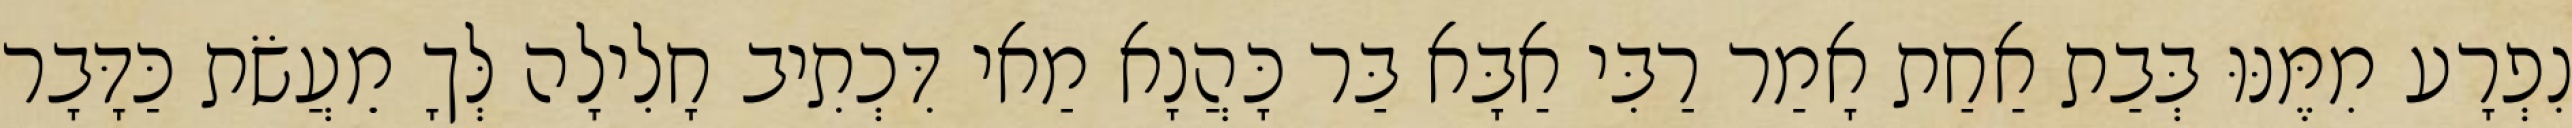
נִפְרָע מִמֶּנּוּ בְּבַת אַחַת אָמַר רַבִּי אַבָּא בַּר כָּהֲנָא מַאי דִּכְתִיב חָלִילָה לְּךָ מֵעֲשֹׂת כַּדָּבָר